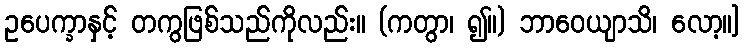
ဥပေက္ခာနှင့် တကွဖြစ်သည်ကိုလည်း။ (ကတွာ၊ ၍။) ဘာဝေယျာသိ၊ လော့။]